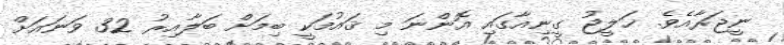
ނީޖަރާއެވެ. ޚަލީޖު ގީނިއާގައި އޮންނަ މި ޤައުމަކީ ބިމަށް ބަލާއިރު 32 ވަނައަށް